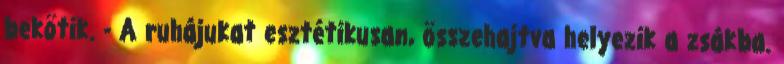
bekötik. - A ruhájukat esztétikusan, összehajtva helyezik a zsákba.